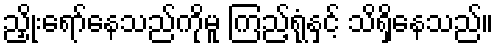
ညှိုးရော်နေသည်ကိုမူ ကြည့်ရုံနှင့် သိရှိနေသည်။